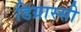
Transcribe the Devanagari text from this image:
डिग्रास्सी